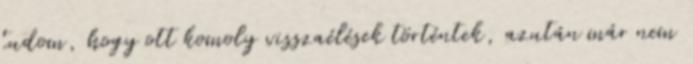
tudom, hogy ott komoly visszaélések történtek, azután már nem